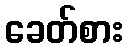
ခေတ်စား